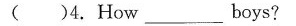
( )4.How ___ boys?